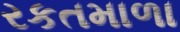
રકતમાળા